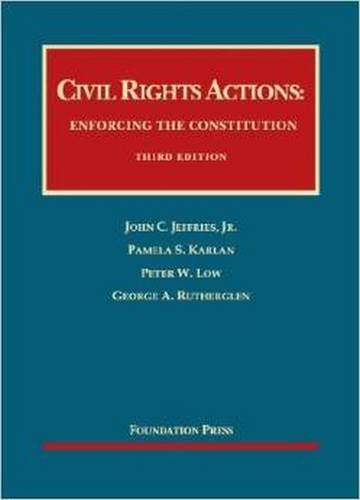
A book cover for Civil Rights Actions: Enforcing the Constitution (University Casebook Series); John Jeffries Jr; Law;